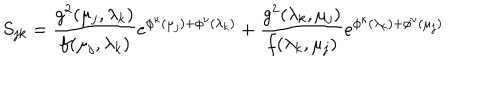
S _ { j k } = \frac { g ^ { 2 } ( \mu _ { j } , \lambda _ { k } ) } { f ( \mu _ { j } , \lambda _ { k } ) } e ^ { \phi ^ { \kappa } ( \mu _ { j } ) + \phi ^ { \nu } ( \lambda _ { k } ) } + \frac { g ^ { 2 } ( \lambda _ { k } , \mu _ { j } ) } { f ( \lambda _ { k } , \mu _ { j } ) } e ^ { \phi ^ { \kappa } ( \lambda _ { k } ) + \phi ^ { \nu } ( \mu _ { j } ) }